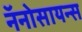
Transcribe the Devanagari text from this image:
नॅनोसायन्स